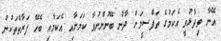
އޭނާ ވިދާޅުވީ އެކަމުގެ ތަފްސީލަށް ދާން ބޭނުންނުވާ ކަމަށާއި އެކަމާއި ބެހޭ ފަރާތްތަކުން